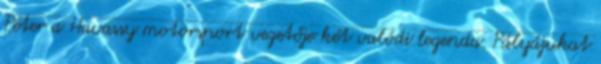
Péter a Havassy motorsport vezetője két valódi legenda. Pályájukat